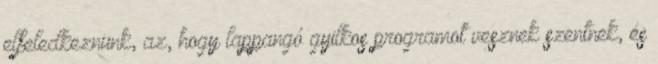
elfeledkeznünk, az, hogy lappangó gyilkos programot vesznek szentnek, és